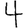
Digit: 4